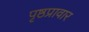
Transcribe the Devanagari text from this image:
पृष्ठप्रावार